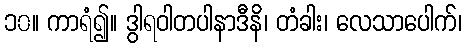
၁၀။ ကာရံ၍။ ဒွါရဝါတပါနာဒီနိ၊ တံခါး၊ လေသာပေါက်၊